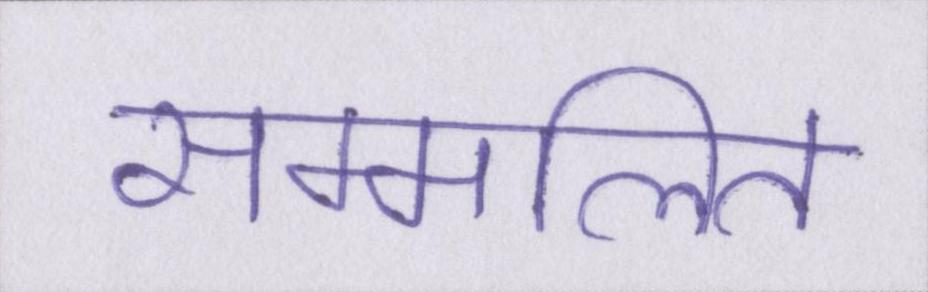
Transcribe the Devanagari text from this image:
सम्मलित